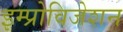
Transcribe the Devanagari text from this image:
इम्प्रोविजेशन